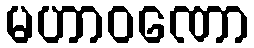
မဟာဝဏော